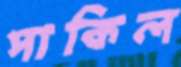
পাকিল